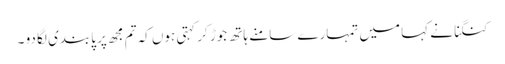
کنگنا نے کہا میں تمہارے سامنے ہاتھ جوڑ کر کہتی ہوں کہ تم مجھ پر پابندی لگا دو ۔